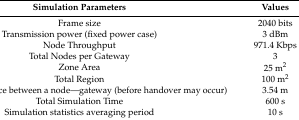
<table><thead><tr><td><b>Simulation Parameters</b></td><td><b>Values</b></td></tr></thead><tbody><tr><td>Frame size</td><td>2040 bits</td></tr><tr><td>Transmission power (fixed power case)</td><td>3 dBm</td></tr><tr><td>Node Throughput</td><td>971.4 Kbps</td></tr><tr><td>Total Nodes per Gateway</td><td>3</td></tr><tr><td>Zone Area</td><td>25 m<sup>2</sup></td></tr><tr><td>Total Region</td><td>100 m<sup>2</sup></td></tr><tr><td>Maximum distance between a node—gateway (before handover may occur)</td><td>3.54 m</td></tr><tr><td>Total Simulation Time</td><td>600 s</td></tr><tr><td>Simulation statistics averaging period</td><td>10 s</td></tr></tbody></table>